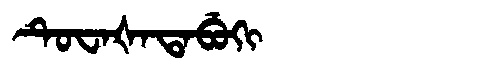
Manchu: ᡨᡠᠸᠠᡧᠠᡨᠠᠪᡠᡴᡳ
Romanization: TUWAŠATABUKI